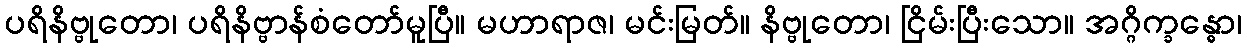
ပရိနိဗ္ဗုတော၊ ပရိနိဗ္ဗာန်စံတော်မူပြီ။ မဟာရာဇ၊ မင်းမြတ်။ နိဗ္ဗုတော၊ ငြိမ်းပြီးသော။ အဂ္ဂိက္ခန္ဓော၊